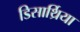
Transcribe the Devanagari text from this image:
डिसार्थ्रिया